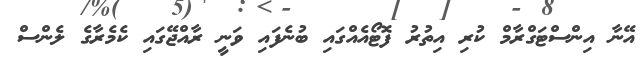
އޭނާ އިންސްޓަގްރާމް ކުރި އިތުރު ފޮޓޯއެއްގައި ބުނެފައި ވަނީ ރާއްޖޭގައި ކެމެރާގެ ލެންސް